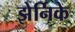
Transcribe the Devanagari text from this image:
झेर्निके